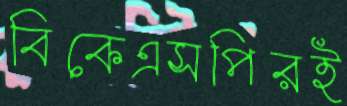
বিকেএসপিরই